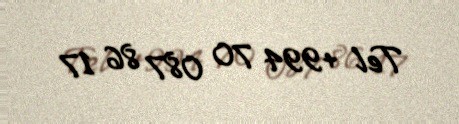
Tel +994 70 087 86 17